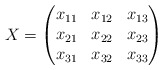
\begin{align*}X = \begin{pmatrix}x_{11} & x_{12} & x_{13}\\x_{21} & x_{22} & x_{23}\\x_{31} & x_{32} & x_{33}\end{pmatrix}\end{align*}